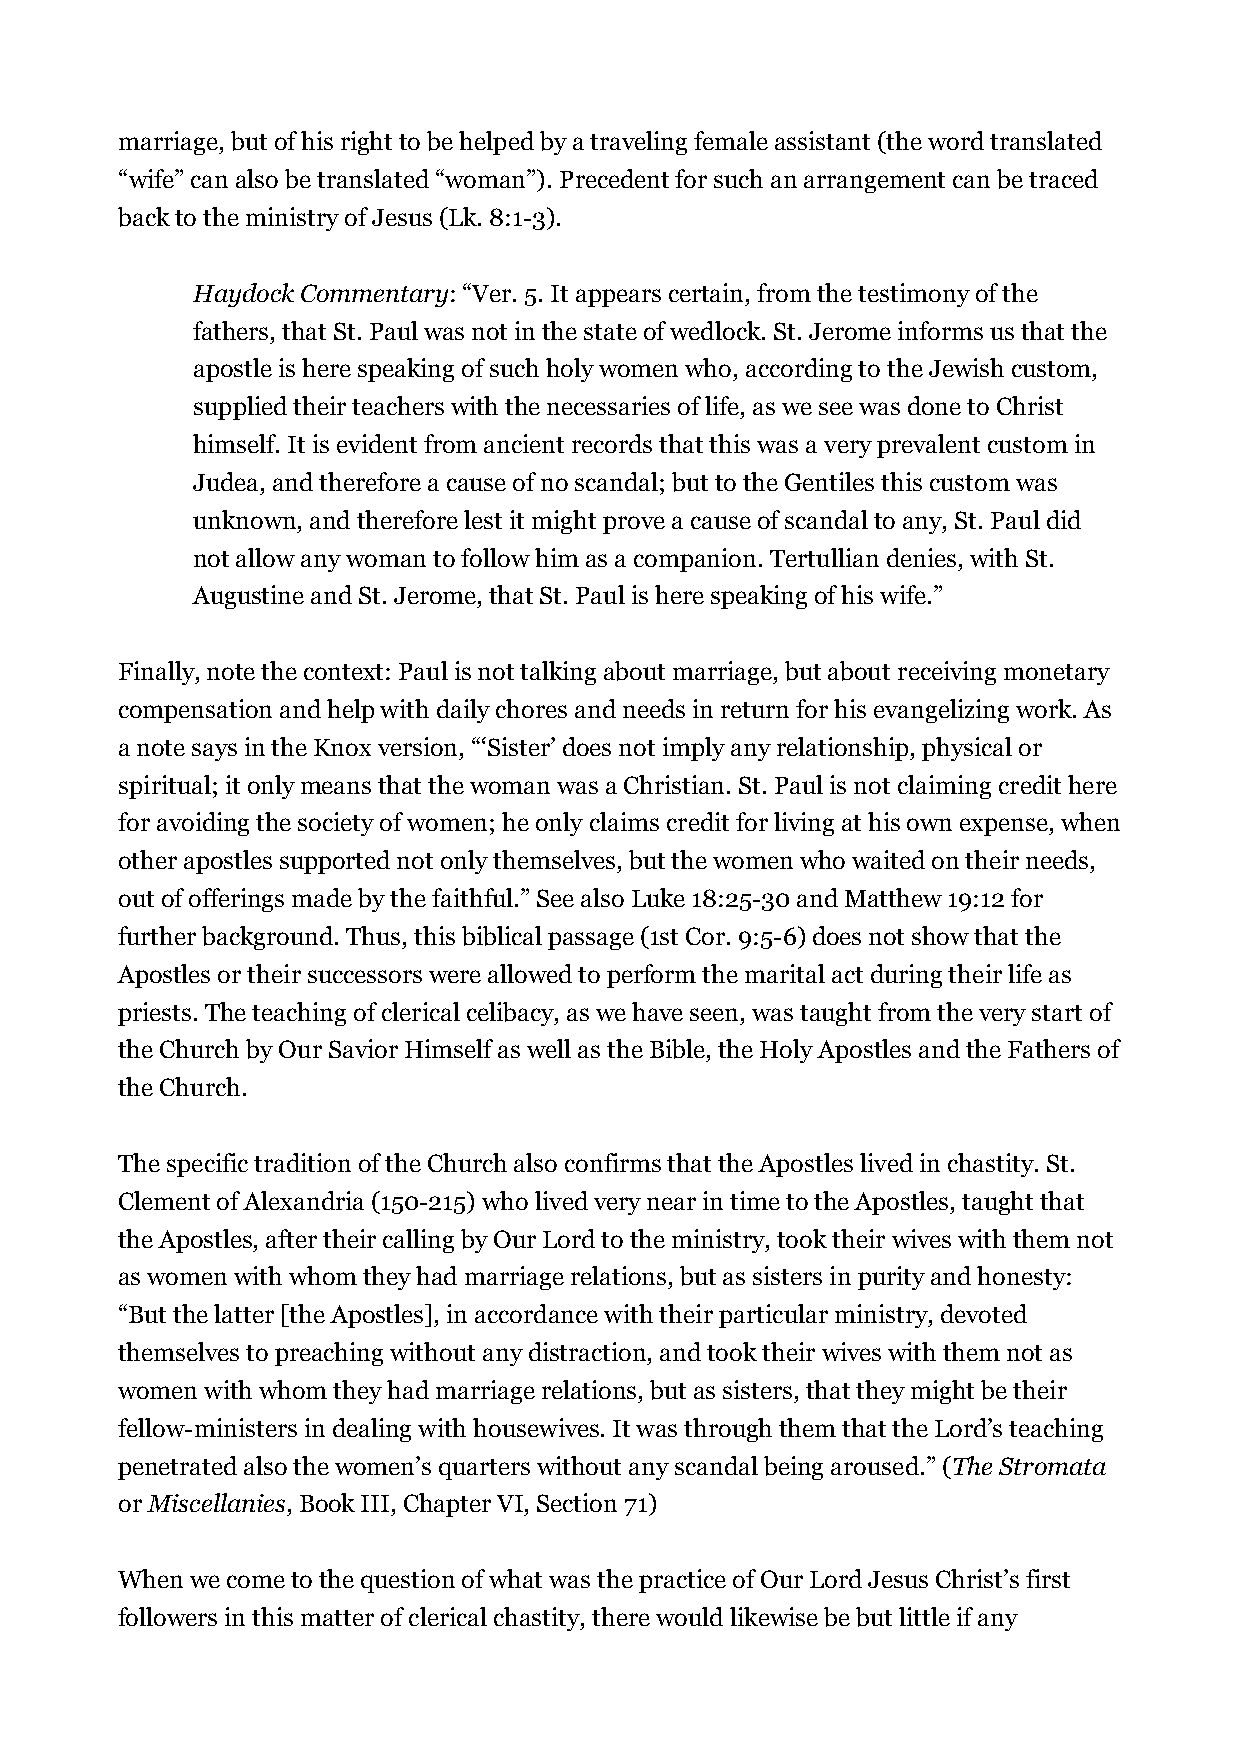
marriage, but of his right to be helped by a traveling female assistant (the word translated
 “wife” can also be translated “woman”). Precedent for such an arrangement can be traced
 back to the ministry of Jesus (Lk. 8:1-3).
 Haydock Commentary: “Ver. 5. It appears certain, from the testimony of the
 fathers, that St. Paul was not in the state of wedlock. St. Jerome informs us that the
 apostle is here speaking of such holy women who, according to the Jewish custom,
 supplied their teachers with the necessaries of life, as we see was done to Christ
 himself. It is evident from ancient records that this was a very prevalent custom in
 Judea, and therefore a cause of no scandal; but to the Gentiles this custom was
 unknown, and therefore lest it might prove a cause of scandal to any, St. Paul did
 not allow any woman to follow him as a companion. Tertullian denies, with St.
 Augustine and St. Jerome, that St. Paul is here speaking of his wife.”
 Finally, note the context: Paul is not talking about marriage, but about receiving monetary
 compensation and help with daily chores and needs in return for his evangelizing work. As
 a note says in the Knox version, “‘Sister’ does not imply any relationship, physical or
 spiritual; it only means that the woman was a Christian. St. Paul is not claiming credit here
 for avoiding the society of women; he only claims credit for living at his own expense, when
 other apostles supported not only themselves, but the women who waited on their needs,
 out of offerings made by the faithful.” See also Luke 18:25-30 and Matthew 19:12 for
 further background. Thus, this biblical passage (1st Cor. 9:5-6) does not show that the
 Apostles or their successors were allowed to perform the marital act during their life as
 priests. The teaching of clerical celibacy, as we have seen, was taught from the very start of
 the Church by Our Savior Himself as well as the Bible, the Holy Apostles and the Fathers of
 the Church.
 The specific tradition of the Church also confirms that the Apostles lived in chastity. St.
 Clement of Alexandria (150-215) who lived very near in time to the Apostles, taught that
 the Apostles, after their calling by Our Lord to the ministry, took their wives with them not
 as women with whom they had marriage relations, but as sisters in purity and honesty:
 “But the latter [the Apostles], in accordance with their particular ministry, devoted
 themselves to preaching without any distraction, and took their wives with them not as
 women with whom they had marriage relations, but as sisters, that they might be their
 fellow-ministers in dealing with housewives. It was through them that the Lord’s teaching
 penetrated also the women’s quarters without any scandal being aroused.” (The Stromata
 or Miscellanies, Book III, Chapter VI, Section 71)
 When we come to the question of what was the practice of Our Lord Jesus Christ’s first
 followers in this matter of clerical chastity, there would likewise be but little if any